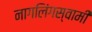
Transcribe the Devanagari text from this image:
नागलिंगस्वामी